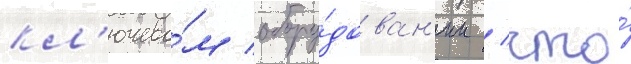
кл'ючево́м обору́дован'ии / что́